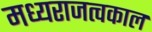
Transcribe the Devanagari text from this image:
मध्यराजत्वकाल